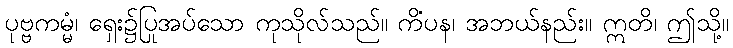
ပုဗ္ဗကမ္မံ၊ ရှေး၌ပြုအပ်သော ကုသိုလ်သည်။ ကိံပန၊ အဘယ်နည်း။ ဣတိ၊ ဤသို့။